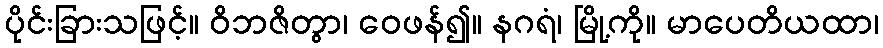
ပိုင်းခြားသဖြင့်။ ဝိဘဇိတွာ၊ ဝေဖန်၍။ နဂရံ၊ မြို့ကို။ မာပေတိယထာ၊